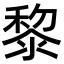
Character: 黎